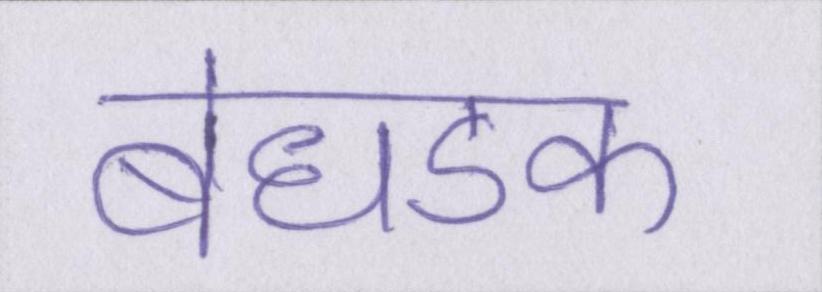
बेधडक